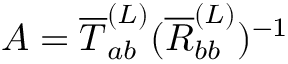
A = \overline { { T } } _ { a b } ^ { ( L ) } ( \overline { { R } } _ { b b } ^ { ( L ) } ) ^ { - 1 }